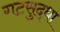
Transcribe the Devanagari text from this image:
गटसुद्धा